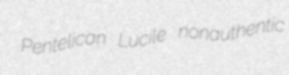
Pentelican Lucile nonauthentic